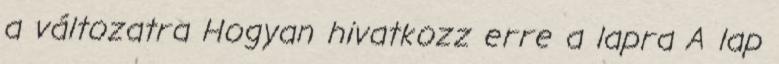
a változatra Hogyan hivatkozz erre a lapra A lap